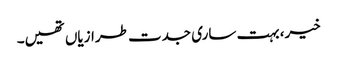
خیر، بہت ساری جدت طرازیاں تھیں۔